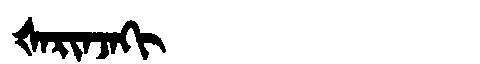
Manchu: ᡧᠠᡵᡳᠨᠵᠠᡴᡳ
Romanization: ŠARINJAKI